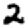
Digit: 2